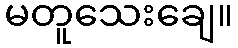
မတူသေးချေ။